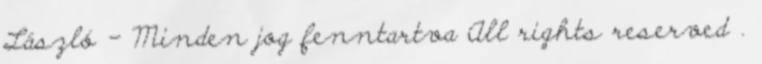
László - Minden jog fenntartva All rights reserved .